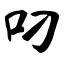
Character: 叼